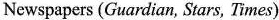
Newspapers (Guardian, Stars, Times)